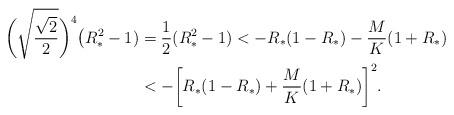
LaTeX: \begin{align*}\bigg(\sqrt{\frac{\sqrt{2}}{2}}\bigg)^{4}\big(R_*^{2}-1)&=\frac{1}{2}(R_*^{2}-1) <-R_*(1-R_*)-\frac{M}{K}(1+R_*)\\ &<-\bigg[R_*(1-R_*)+\frac{M}{K}(1+R_*)\bigg]^{2}.\end{align*}